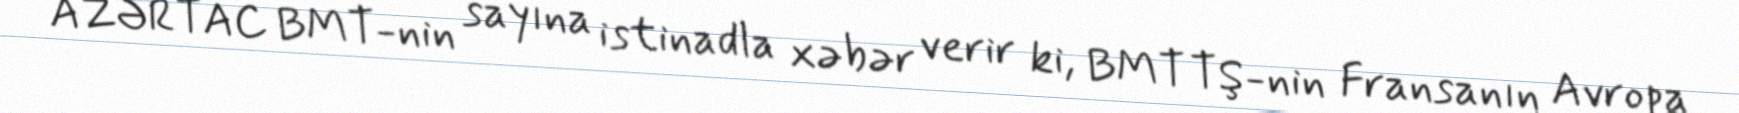
AZƏRTAC BMT-nin sayına istinadla xəbər verir ki, BMT TŞ-nin Fransanın Avropa